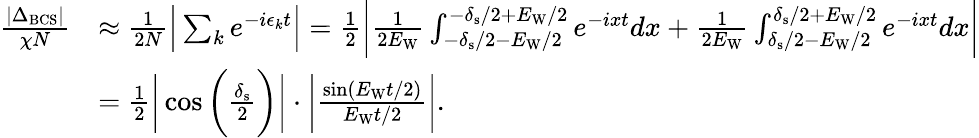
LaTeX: \begin{array}{rl}{\frac{|\Delta_{\mathrm{BCS}}|}{\chi N}}&{\approx\frac{1}{2N}\Big|\sum_{k}e^{-i\epsilon_{k}t}\Big|=\frac{1}{2}\bigg|\frac{1}{2E_{\mathrm{W}}}\int_{-\delta_{\mathrm{s}}/2-E_{\mathrm{W}}/2}^{-\delta_{\mathrm{s}}/2+E_{\mathrm{W}}/2}e^{-ixt}dx+\frac{1}{2E_{\mathrm{W}}}\int_{\delta_{\mathrm{s}}/2-E_{\mathrm{W}}/2}^{\delta_{\mathrm{s}}/2+E_{\mathrm{W}}/2}e^{-ixt}dx\bigg|}\\ &{=\frac{1}{2}\bigg|\cos\bigg(\frac{\delta_{\mathrm{s}}}{2}\bigg)\bigg|\cdot\bigg|\frac{\sin(E_{\mathrm{W}}t/2)}{E_{\mathrm{W}}t/2}\bigg|.}\end{array}